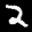
Label: 2